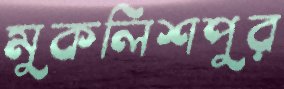
মুকলিশপুর